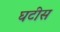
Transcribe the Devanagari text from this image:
घटीस